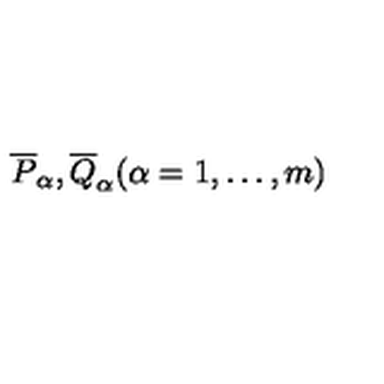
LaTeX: \overline { { P } } _ { \alpha } , \overline { { Q } } _ { \alpha } ( \alpha = 1 , \dots , m )